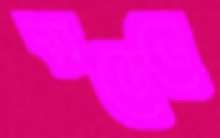
মডেলে